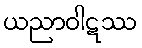
ယညာဝါဋဿ